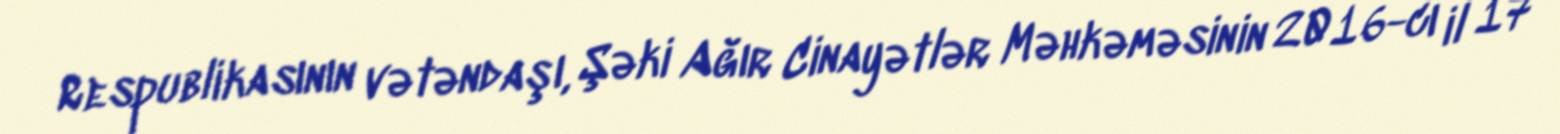
Respublikasının vətəndaşı, Şəki Ağır Cinayətlər Məhkəməsinin 2016-cı il 17